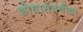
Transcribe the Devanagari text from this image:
शोधासंबंधीचा